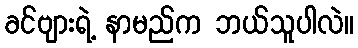
ခင်ဗျားရဲ့ နာမည်က ဘယ်သူပါလဲ။